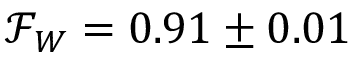
\mathcal { F } _ { W } = 0 . 9 1 \pm 0 . 0 1